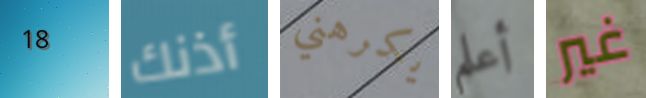
18 أذنك يكرهني أعلم غير